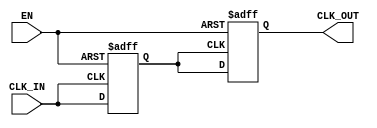
module ClockBuffer #(
    parameter NUM_OUTPUTS = 1,          // Number of clock outputs
    parameter DRIVE_STRENGTH = 1,       // Configurable output drive strength
    parameter PROPAGATION_DELAY = 1      // Propagation delay in ns
)(
    input wire CLK_IN,                   // Clock input
    input wire EN,                       // Enable input
    output reg [NUM_OUTPUTS-1:0] CLK_OUT // Clock outputs
);

// Internal signal for delayed clock
reg CLK_IN_delayed;

// Propagation delay model
always @(posedge CLK_IN or negedge EN) begin
    if (!EN) begin
        CLK_IN_delayed <= 1'b0; // Disable output when EN is low
    end else begin
        #PROPAGATION_DELAY CLK_IN_delayed <= CLK_IN; // Introduce propagation delay
    end
end

// Drive strength control and output assignment
generate
    genvar i;
    for (i = 0; i < NUM_OUTPUTS; i = i + 1) begin : clock_output
        always @(posedge CLK_IN_delayed or negedge EN) begin
            if (!EN) begin
                CLK_OUT[i] <= 1'b0; // Disable output when EN is low
            end else begin
                CLK_OUT[i] <= CLK_IN_delayed; // Drive output with buffered clock
            end
        end
    end
endgenerate

endmodule